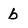
Character: b